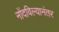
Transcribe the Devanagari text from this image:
नोंदविल्यानंतर